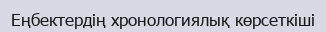
Еңбектердің хронологиялық көрсеткіші